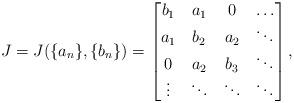
LaTeX: \begin{align*}J=J(\{a_n\}, \{b_n\})=\begin{bmatrix}b_1& a_1& 0& \ldots\\a_1& b_2& a_2& \ddots\\0& a_2&b_3& \ddots\\\vdots& \ddots&\ddots&\ddots\end{bmatrix},\end{align*}